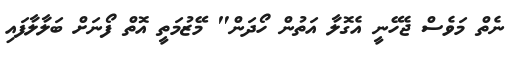
ނެތް މަވެސް ޖެހޭނީ އެގޮލާ އަތުން ހޯދަން" މޭޒުމަތީ އޮތް ފޯނަށް ބަލާލާފައި